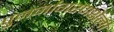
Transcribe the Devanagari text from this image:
पुनर्जागरणशैली